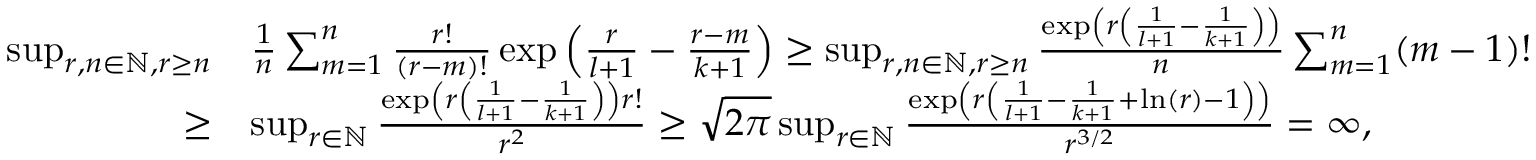
\begin{array} { r l } { \operatorname* { s u p } _ { r , n \in \mathbb { N } , r \geq n } } & { \frac { 1 } { n } \sum _ { m = 1 } ^ { n } \frac { r ! } { ( r - m ) ! } \exp \left( \frac { r } { l + 1 } - \frac { r - m } { k + 1 } \right) \geq \operatorname* { s u p } _ { r , n \in \mathbb { N } , r \geq n } \frac { \exp \left( r \left( \frac { 1 } { l + 1 } - \frac { 1 } { k + 1 } \right) \right) } { n } \sum _ { m = 1 } ^ { n } ( m - 1 ) ! } \\ { \geq } & { \operatorname* { s u p } _ { r \in \mathbb { N } } \frac { \exp \left( r \left( \frac { 1 } { l + 1 } - \frac { 1 } { k + 1 } \right) \right) r ! } { r ^ { 2 } } \geq \sqrt { 2 \pi } \operatorname* { s u p } _ { r \in \mathbb { N } } \frac { \exp \left( r \left( \frac { 1 } { l + 1 } - \frac { 1 } { k + 1 } + \ln ( r ) - 1 \right) \right) } { r ^ { 3 / 2 } } = \infty , } \end{array}